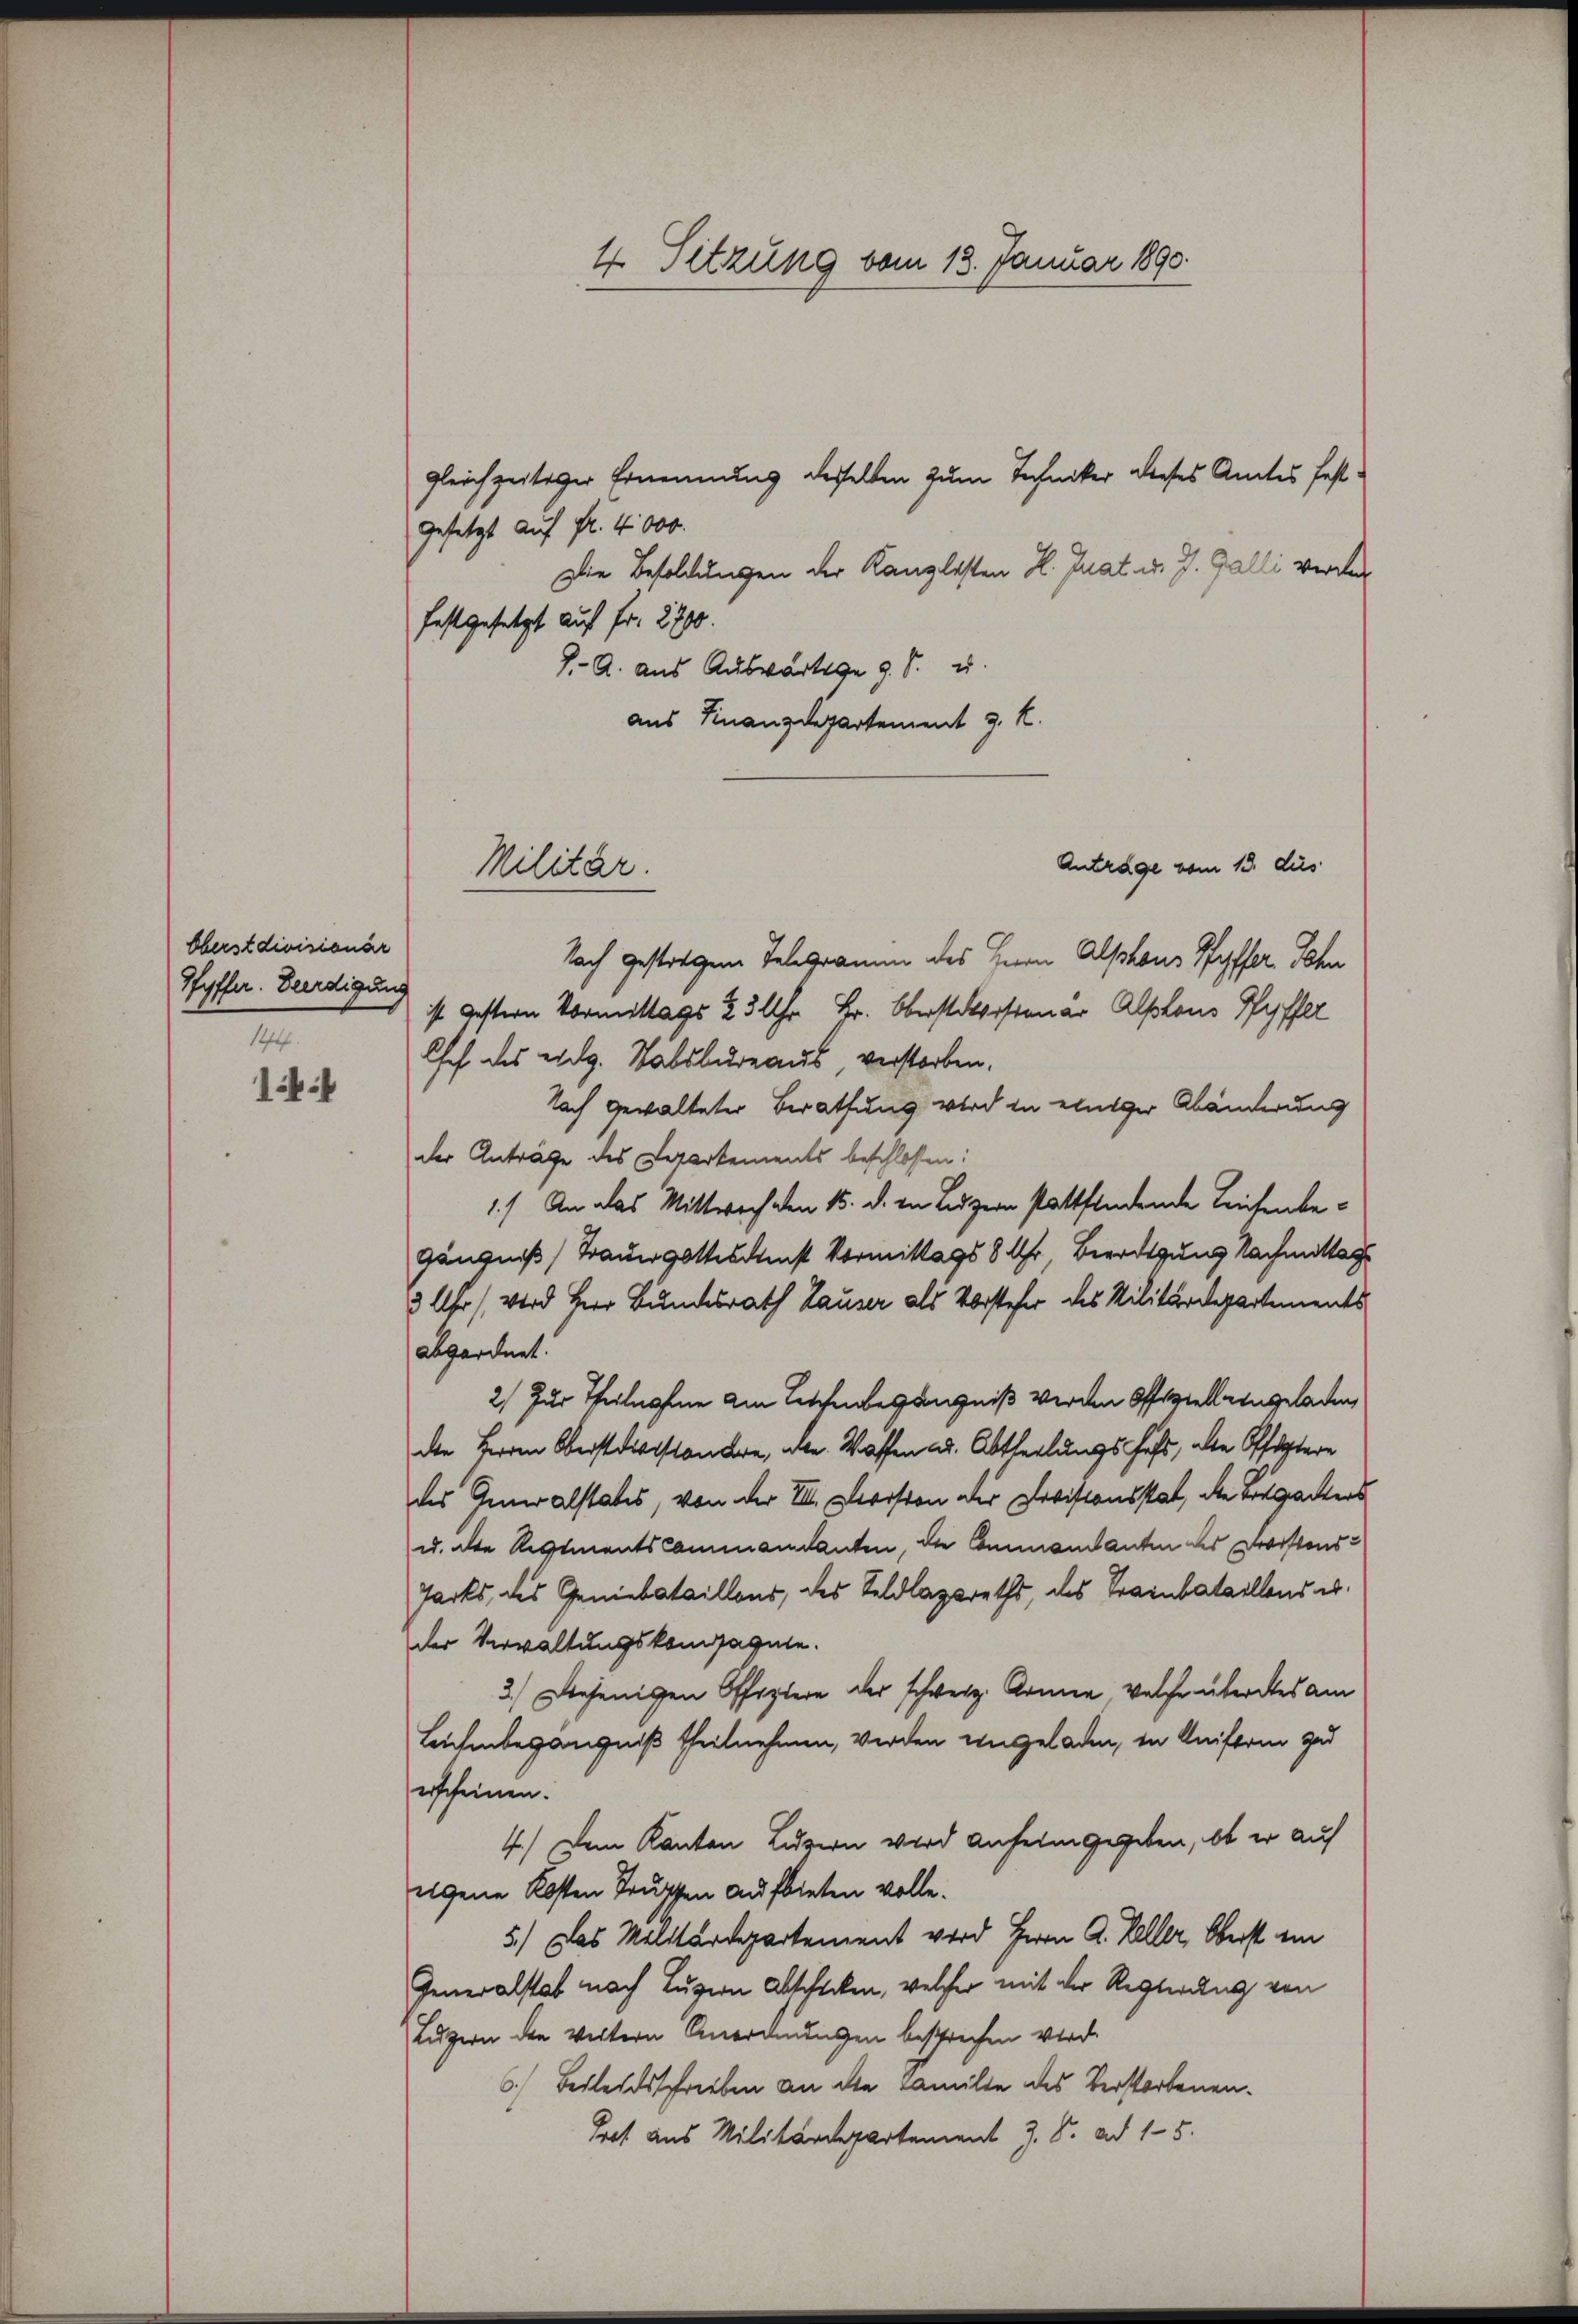
Oberstdivisionär
Hyffer. Beerdigung
144.

144

gleichzeitiger Ernennung desselben zum Techniker dieses Amtes fest-
gesetzt auf Fr. 4000.
Die Besoldungen der Kanzlisten H. Guat d. J. Galli verden
festgesetzt auf Fr. 2700.
J. A. aus Auswärtige z. B. u.
aus Finanzdepartement J. K.
Antrage vom 13. dies
Nach gestrigene Telegramm des Herrn Alphons Pfyffer Sehn
ist gestern Vormittags ½ 3 Uhr Fr. Oberstorisionar Alphons Pfyffer
Chef des eidg. Stabsbureaus, verstorben.
Nach gewalteter Berathung wird in einiger Abänderung
der Anträge des Departements beschlossen:
1.) An das Mittwoch den 15. d. in Luzern stattfindende Leichenbegängniß) Trauergottesdienst Vormittags 8 Uhr, Beerdigung Nachmittag
3 Uhr, wird Herr Bundesrath Hauser als Vorsteher des Militärdepartements
abgordnet.
2) Zur Theilnahme am Leischenbegängniß verden Offiziell eingeladen
der Herrn Oberstdienstandere, alle. Waffen ad. Abtheilungsfest, alle Pfistere
des Generalstates, von der VIII. Person der Devisionsstat, die Brigackers
u. die RegimentsCommandanten, die Commandanten des Darstens¬
Jarks, des Genebataillons, des Seldlazareths, das Trainbataillend erder Verwaltungskompagnie.
3.) Diejenigen Offiziere der schweiz. Armen welche überates am
Leichenbegängniß theilnehmen, werden angeladen, in Uniftrin zu
erscheinen.
4.) Dem Kanton Luzern wird aufeingegeben, ob er auf
eigene Kosten Truschen aufbieten volle.
5.) Das Militärdepartement wird Herrn A. Keller, Oberst ein
Generalstab nach Luzern Abschicken, welcher mit der Regierung von
Luzern den weitern Anordnungen besprechen wird.
6.) Beileidsschrieben an die Familie des Verstorbenen.
Joch aus Militärdepartement J. S. ad 15.

4. Sitzung vom 13. Januar 1890.

Militär.